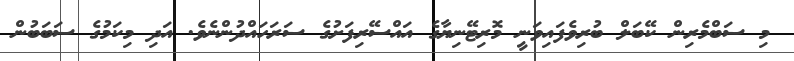
މި ސަބްމެރިން ކޭބަލް ބުރިވެފައިވަނީ މޮރިޓޭނިޔާގެ އައްސޭރިފަށުގެ ސަރަހައްދުންނެވެ. އަދި މިކަމުގެ ސަބަބުން